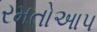
રમતોઆપ